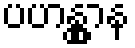
ပဟန္တွာန